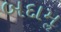
બદામૢ